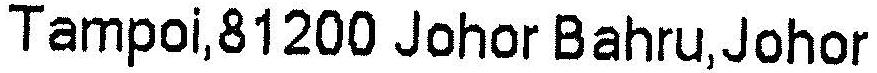
TAMPOI,81200 JOHOR BAHRU, JOHOR